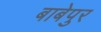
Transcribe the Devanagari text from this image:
बाबेपुर